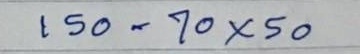
150 - 70 x 50